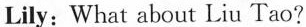
Lily: What about Liu Tao?